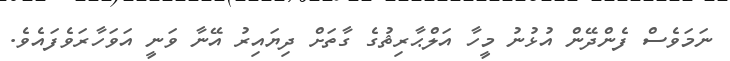
ނަމަވެސް ފެންދޭން އުޅުނު މީހާ އަލްޙާރިޡުގެ ގާތަށް ދިޔައިރު އޭނާ ވަނީ އަވަހާރަވެފައެވެ.